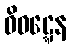
ဝိဝဋ္ဋေန